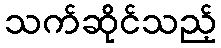
သက်ဆိုင်သည့်